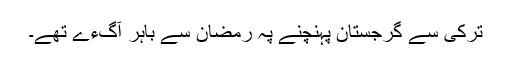
ترکی سے گرجستان پہنچنے پہ رمضان سے باہر آگءے تھے۔